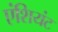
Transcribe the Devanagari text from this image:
एंशियंट